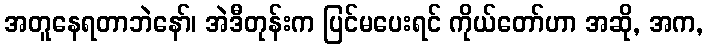
အတူနေရတာဘဲနော်၊ အဲဒီတုန်းက ပြင်မပေးရင် ကိုယ်တော်ဟာ အဆို, အက,